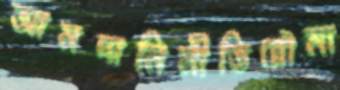
আমদানিনীতিরৌমা